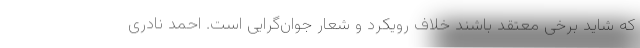
که شاید برخی معتقد باشند خلاف رویکرد و شعار جوان‌گرایی است. احمد نادری